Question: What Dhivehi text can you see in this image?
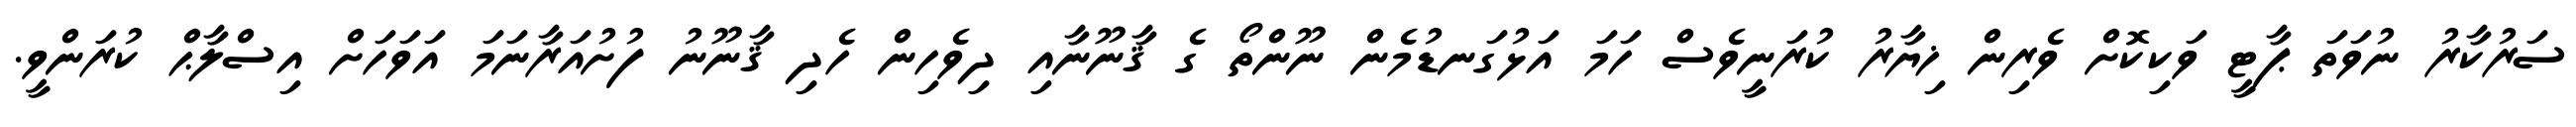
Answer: ސަރުކާރު ނުވަތަ ޕާޓީ ވަކިކޮށް ވެރިން ޚިޔާރު ކުރަނީވެސް ހަމަ އަޅުގަނޑުމެން ނޫންތޯ ގެ ޤާނޫނާއި ދިވެހިން ހެދި ޤާނޫނު ފުށުއަރާނަމަ އަވަހަށް އިސްލާޙް ކުރަންވީ.